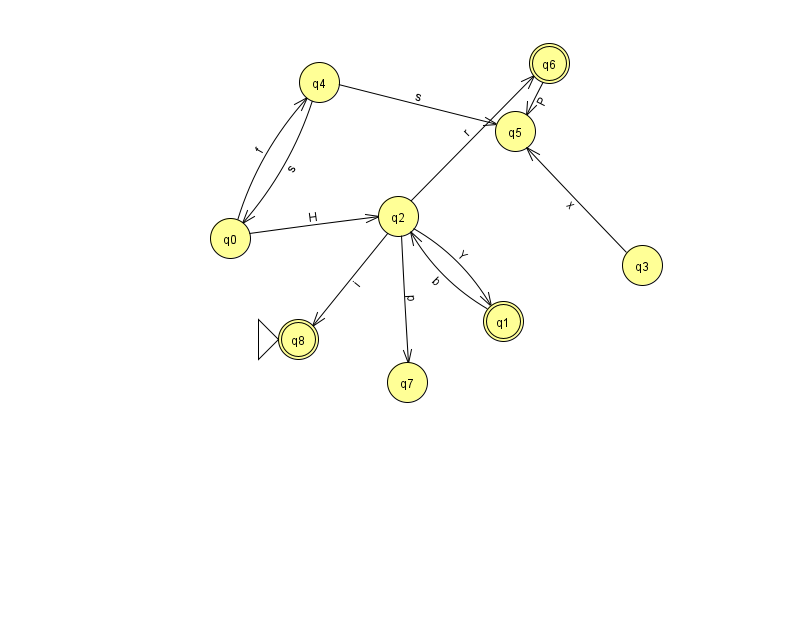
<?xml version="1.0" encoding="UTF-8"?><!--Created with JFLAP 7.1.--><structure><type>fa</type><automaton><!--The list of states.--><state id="0" name="q0"><x>230.0</x><y>225.0</y></state><state id="1" name="q1"><x>503.0</x><y>308.0</y><final/></state><state id="2" name="q2"><x>398.0</x><y>203.0</y></state><state id="3" name="q3"><x>642.0</x><y>252.0</y></state><state id="4" name="q4"><x>319.0</x><y>69.0</y></state><state id="5" name="q5"><x>515.0</x><y>118.0</y></state><state id="6" name="q6"><x>549.0</x><y>50.0</y><final/></state><state id="7" name="q7"><x>407.0</x><y>369.0</y></state><state id="8" name="q8"><x>298.0</x><y>326.0</y><initial/><final/></state><!--The list of transitions.--><transition><from>0</from><to>4</to><read>f</read></transition><transition><from>2</from><to>1</to><read>Y</read></transition><transition><from>6</from><to>5</to><read>P</read></transition><transition><from>0</from><to>2</to><read>H</read></transition><transition><from>4</from><to>0</to><read>s</read></transition><transition><from>2</from><to>7</to><read>p</read></transition><transition><from>2</from><to>6</to><read>r</read></transition><transition><from>2</from><to>8</to><read>i</read></transition><transition><from>1</from><to>2</to><read>b</read></transition><transition><from>3</from><to>5</to><read>x</read></transition><transition><from>4</from><to>5</to><read>s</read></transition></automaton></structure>